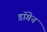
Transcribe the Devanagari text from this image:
डॉगेन